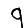
Digit: 9